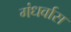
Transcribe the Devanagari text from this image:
गंधर्वास